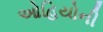
ઓહિયોની